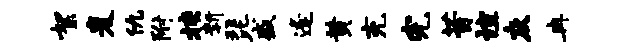
絮麦仇附挟新琵盛逢黄充完昔谊灰冉